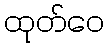
ထုတ်ဝေ